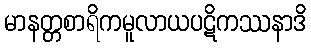
မာနတ္တစာရိကမူလာယပဋိကဿနာဒိ